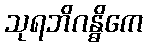
သုရဘိဂန္ဓိကေ